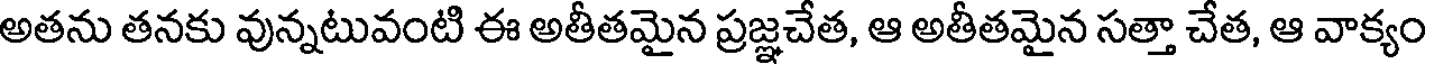
అతను తనకు వున్నటువంటి ఈ అతీతమైన ప్రజ్ఞచేత, ఆ అతీతమైన సత్తా చేత, ఆ వాక్యం